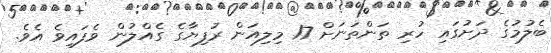
ބެލުމުގެ ދަށުގައި ހުރި ތަންތަނަށް 17 މިލިއަން ރުފިޔާގެ ގެއްލުން ވެފައިވެ އެވެ.